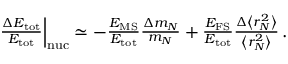
\begin{array} { r } { \! \! \! \! \! \! \! \left. \frac { \Delta E _ { \mathrm { t o t } } } { E _ { \mathrm { t o t } } } \right| _ { \mathrm { n u c } } \simeq - \frac { E _ { \mathrm { M S } } } { E _ { \mathrm { t o t } } } \frac { \Delta m _ { N } } { m _ { N } } + \frac { E _ { \mathrm { F S } } } { E _ { \mathrm { t o t } } } \frac { \Delta \left< r _ { N } ^ { 2 } \right> } { \left< r _ { N } ^ { 2 } \right> } \, . } \end{array}